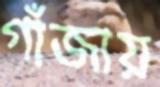
গাঁজায়